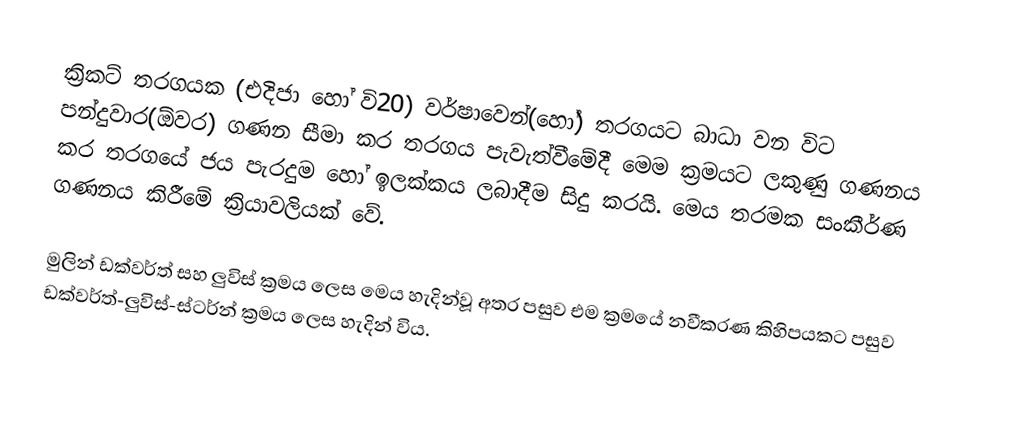
ක්‍රිකට් තරගයක (එදිජා හෝ වි20) වර්ෂාවෙන්(හෝ) තරගයට බාධා වන විට පන්දුවාර(ඕවර) ගණන සීමා කර තරගය පැවැත්වීමේදී මෙම ක්‍රමයට ලකුණු ගණනය කර තරගයේ ජය පැරදුම හෝ ඉලක්කය ලබාදීම සිදු කරයි. මෙය තරමක සංකීර්ණ ගණනය කිරීමේ ක්‍රියාවලියක් වේ.

මුලින් ඩක්වර්ත් සහ ලුවිස් ක්‍රමය ලෙස මෙය හැදින්වූ අතර පසුව එම ක්‍රමයේ නවීකරණ කිහිපයකට පසුව ඩක්වර්ත්-ලුවිස්-ස්ටර්න් ක්‍රමය ලෙස හැදින් විය.